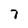
Character: 7